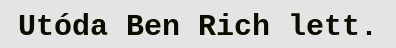
Utóda Ben Rich lett.